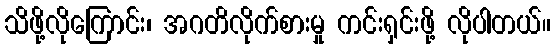
သိဖို့လိုကြောင်း၊ အဂတိလိုက်စားမှု ကင်းရှင်းဖို့ လိုပါတယ်။